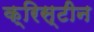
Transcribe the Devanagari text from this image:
क्रिस्‍टीन